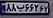
۸۸ب۶۶۲۶۷